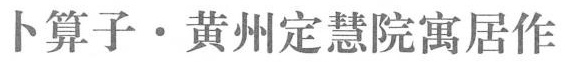
卜算子 · 黄州定慧院寓居作